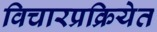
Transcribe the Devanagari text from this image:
विचारप्रक्रियेत